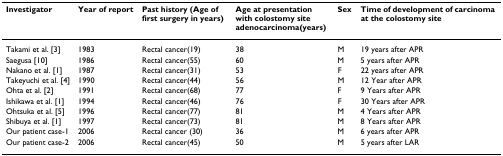
<table><thead><tr><td><b>Investigator</b></td><td><b>Year of report</b></td><td><b>Past history (Age of first surgery in years)</b></td><td><b>Age at presentation with colostomy site adenocarcinoma(years)</b></td><td><b>Sex</b></td><td><b>Time of development of carcinoma at the colostomy site</b></td></tr></thead><tbody><tr><td>Takami et al. [3]</td><td>1983</td><td>Rectal cancer(19)</td><td>38</td><td>M</td><td>19 years after APR</td></tr><tr><td>Saegusa [10]</td><td>1986</td><td>Rectal cancer(55)</td><td>60</td><td>M</td><td>5 years after APR</td></tr><tr><td>Nakano et al. [1]</td><td>1987</td><td>Rectal cancer(31)</td><td>53</td><td>F</td><td>22 years after APR</td></tr><tr><td>Takeyuchi et al. [4]</td><td>1990</td><td>Rectal cancer(44)</td><td>56</td><td>M</td><td>12 Year after APR</td></tr><tr><td>Ohta et al. [2]</td><td>1991</td><td>Rectal cancer(68)</td><td>77</td><td>F</td><td>9 Years after APR</td></tr><tr><td>Ishikawa et al. [1]</td><td>1994</td><td>Rectal cancer(46)</td><td>76</td><td>F</td><td>30 Years after APR</td></tr><tr><td>Ohtsuka et al. [5]</td><td>1996</td><td>Rectal cancer(77)</td><td>81</td><td>M</td><td>4 Years after APR</td></tr><tr><td>Shibuya et al. [1]</td><td>1997</td><td>Rectal cancer(73)</td><td>81</td><td>M</td><td>8 Years after APR</td></tr><tr><td>Our patient case-1</td><td>2006</td><td>Rectal cancer (30)</td><td>36</td><td>M</td><td>6 years after APR</td></tr><tr><td>Our patient case-2</td><td>2006</td><td>Rectal cancer(45)</td><td>50</td><td>M</td><td>5 years after LAR</td></tr></tbody></table>